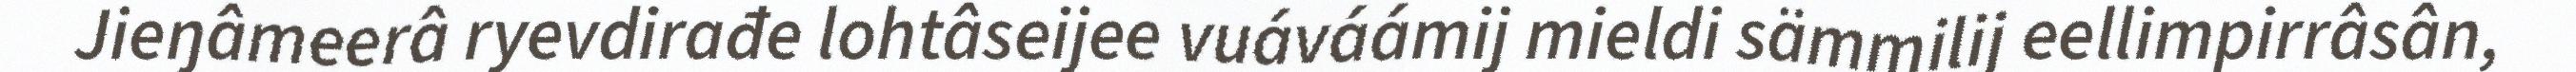
Jieŋâmeerâ ryevdirađe lohtâseijee vuáváámij mieldi sämmilij eellimpirrâsân,